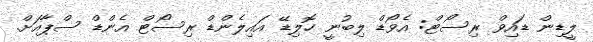
ލީޑިން ޑައިވް ރިސޯޓް: އެވޯޑް ލިބުނީ ހޮލިޑޭ އައިލެންޑް ރިސޯޓް އެންޑް ސްޕާއަަށް.